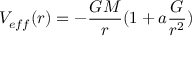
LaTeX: V _ { e f f } ( r ) = - { \frac { G M } { r } } ( 1 + a { \frac { G } { r ^ { 2 } } } )